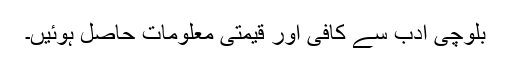
بلوچی ادب سے کافی اور قیمتی معلومات حاصل ہوئیں۔